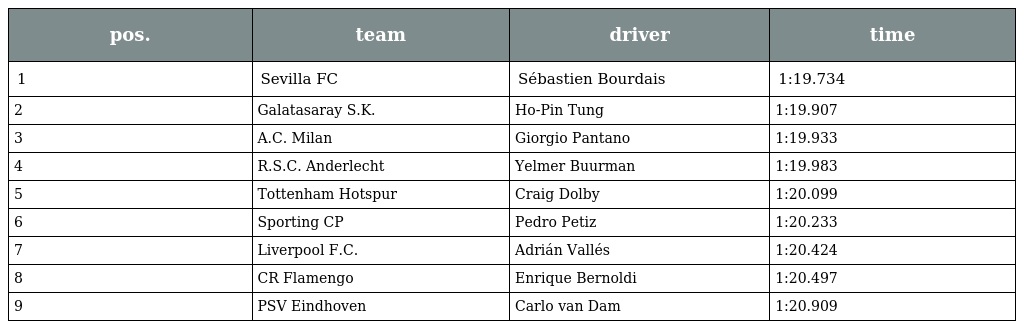
| pos. | team | driver | time |
 | --- | --- | --- | --- |
 | 1 | Sevilla FC | Sébastien Bourdais | 1:19.734 |
 | 2 | Galatasaray S.K. | Ho-Pin Tung | 1:19.907 |
 | 3 | A.C. Milan | Giorgio Pantano | 1:19.933 |
 | 4 | R.S.C. Anderlecht | Yelmer Buurman | 1:19.983 |
 | 5 | Tottenham Hotspur | Craig Dolby | 1:20.099 |
 | 6 | Sporting CP | Pedro Petiz | 1:20.233 |
 | 7 | Liverpool F.C. | Adrián Vallés | 1:20.424 |
 | 8 | CR Flamengo | Enrique Bernoldi | 1:20.497 |
 | 9 | PSV Eindhoven | Carlo van Dam | 1:20.909 |